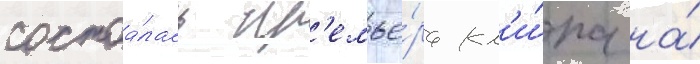
состоа́лась пр'емье́ра кл'и́па на́